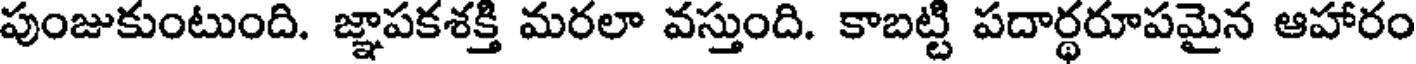
పుంజుకుంటుంది. జ్ఞాపకశక్తి మరలా వస్తుంది. కాబట్టి పదార్థరూపమైన ఆహారం